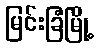
မြင်းခြံမြို့